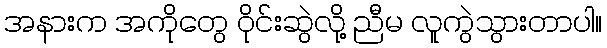
အနားက အကိုတွေ ဝိုင်းဆွဲလို့ ညီမ လူကွဲသွားတာပါ။